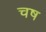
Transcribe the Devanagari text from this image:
चष